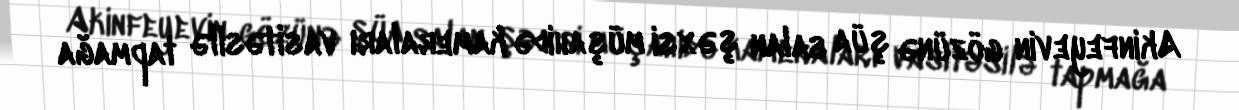
Akinfeyevin gözünə şüa salan şəxsi müşahidə kameraları vasitəsilə tapmağa